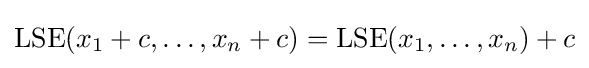
\mathrm {LSE} (x_{1}+c,\dots ,x_{n}+c)=\mathrm {LSE} (x_{1},\dots ,x_{n})+c